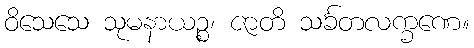
ဝိသေသေ သုမနာယဉ္စ၊ ဇာတိ သင်္ခတလက္ခဏေ။